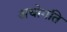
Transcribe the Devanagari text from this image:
अधोगति